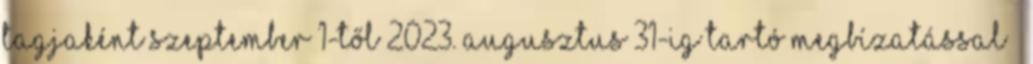
tagjaként szeptember 1-től 2023. augusztus 31-ig tartó megbízatással –